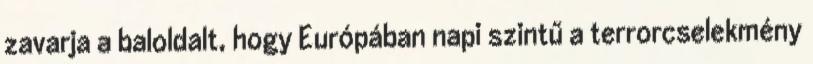
zavarja a baloldalt, hogy Európában napi szintű a terrorcselekmény